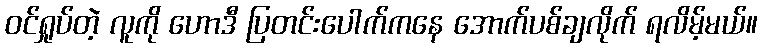
ဝင်ရှုပ်တဲ့ လူကို ဟောဒီ ပြတင်းပေါက်ကနေ အောက်ပစ်ချလိုက် ရလိမ့်မယ်။